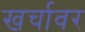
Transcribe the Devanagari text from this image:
खर्चावर